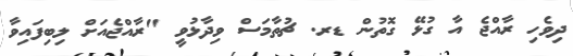
ދިވެހި ރާއްޖެ އާ ގުޅޭ ގޮތުން ޑރ. ޗުތާމަސް ވިދާޅުވީ "ރާއްޖެއަށް ލިބިފައިވާ